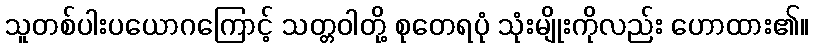
သူတစ်ပါးပယောဂကြောင့် သတ္တဝါတို့ စုတေရပုံ သုံးမျိုးကိုလည်း ဟောထား၏။